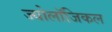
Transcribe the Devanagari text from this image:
ज्योलॉजिकल